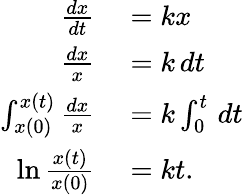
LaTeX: \begin{array}{rl}{{\frac{dx}{dt}}}&{{}=kx}\\ {{\frac{dx}{x}}}&{{}=k\, dt}\\ {\int_{x(0)}^{x(t)}{\frac{dx}{x}}}&{{}=k\int_{0}^{t}\, dt}\\ {\ln{\frac{x(t)}{x(0)}}}&{{}=kt.}\end{array}